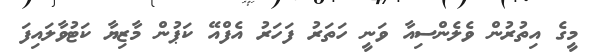
މީގެ އިތުރުން ވެލެންސިއާ ވަނީ ހަތަރު ފަހަރު އެފްއޭ ކަޕުން މާޒިޔާ ކަޓުވާލައިފަ